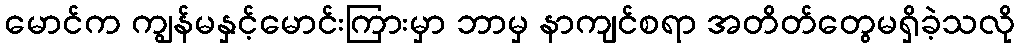
မောင်က ကျွန်မနှင့်မောင်းကြားမှာ ဘာမှ နာကျင်စရာ အတိတ်တွေမရှိခဲ့သလို